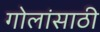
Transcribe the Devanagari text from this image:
गोलांसाठी